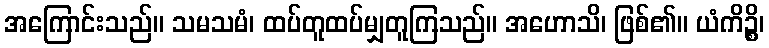
အကြောင်းသည်။ သမသမံ၊ ထပ်တူထပ်မျှတူကြသည်။ အဟောသိ၊ ဖြစ်၏။ ယံကိဉ္စိ၊